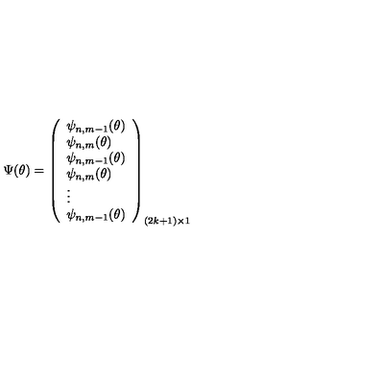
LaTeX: \Psi ( \theta ) = \left( \begin{array} { l r } { \psi _ { n , m - 1 } ( \theta ) } \\ { \psi _ { n , m } ( \theta ) } \\ { \psi _ { n , m - 1 } ( \theta ) } \\ { \psi _ { n , m } ( \theta ) } \\ { \vdots } \\ { \psi _ { n , m - 1 } ( \theta ) } \\ \end{array} \right) _ { ( 2 k + 1 ) \times 1 }